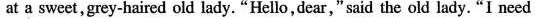
at a sweet,grey-haired old lady. "Hello,dear," said the old lady."I need